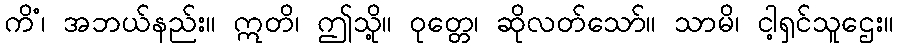
ကိံ၊ အဘယ်နည်း။ ဣတိ၊ ဤသို့။ ဝုတ္တေ၊ ဆိုလတ်သော်။ သာမိ၊ ငါ့ရှင်သူဌေး။